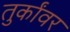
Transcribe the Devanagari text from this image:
तुर्कांवर